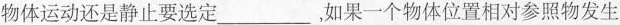
物体运动还是静止要选定___，如果一个物体位置相对参照物发生